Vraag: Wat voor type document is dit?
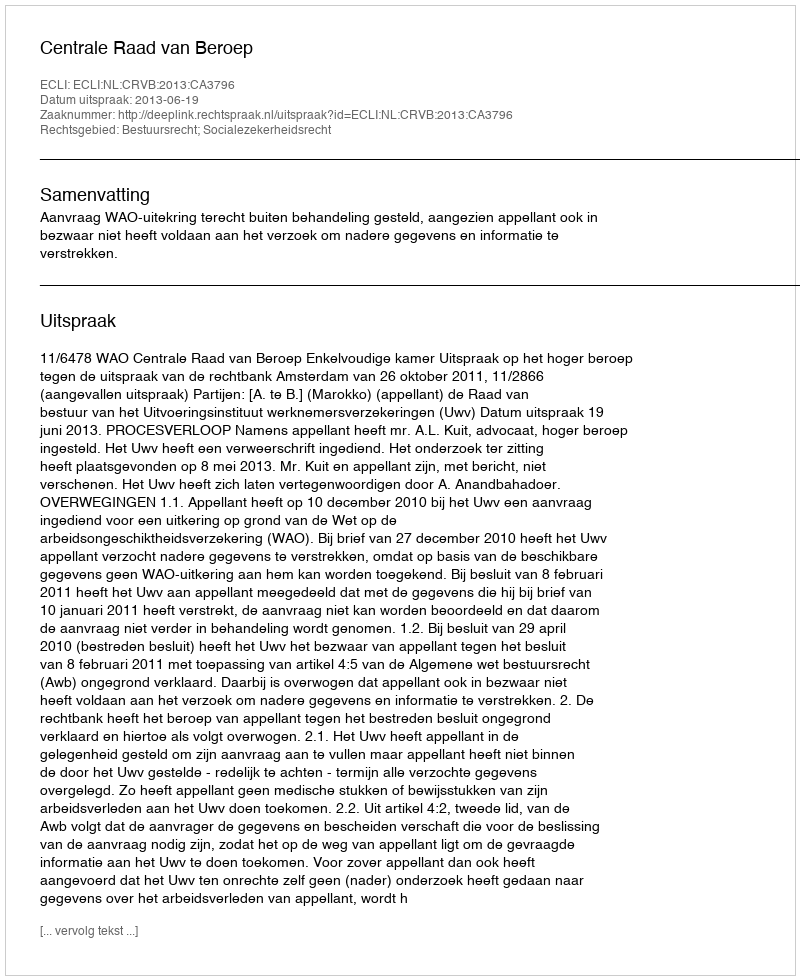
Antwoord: Uitspraak